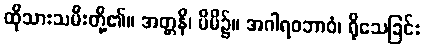
ထိုသားသမီးတို့၏။ အတ္တနိ၊ မိမိ၌။ အဂါရဝဘာဝံ၊ ရိုသေခြင်း